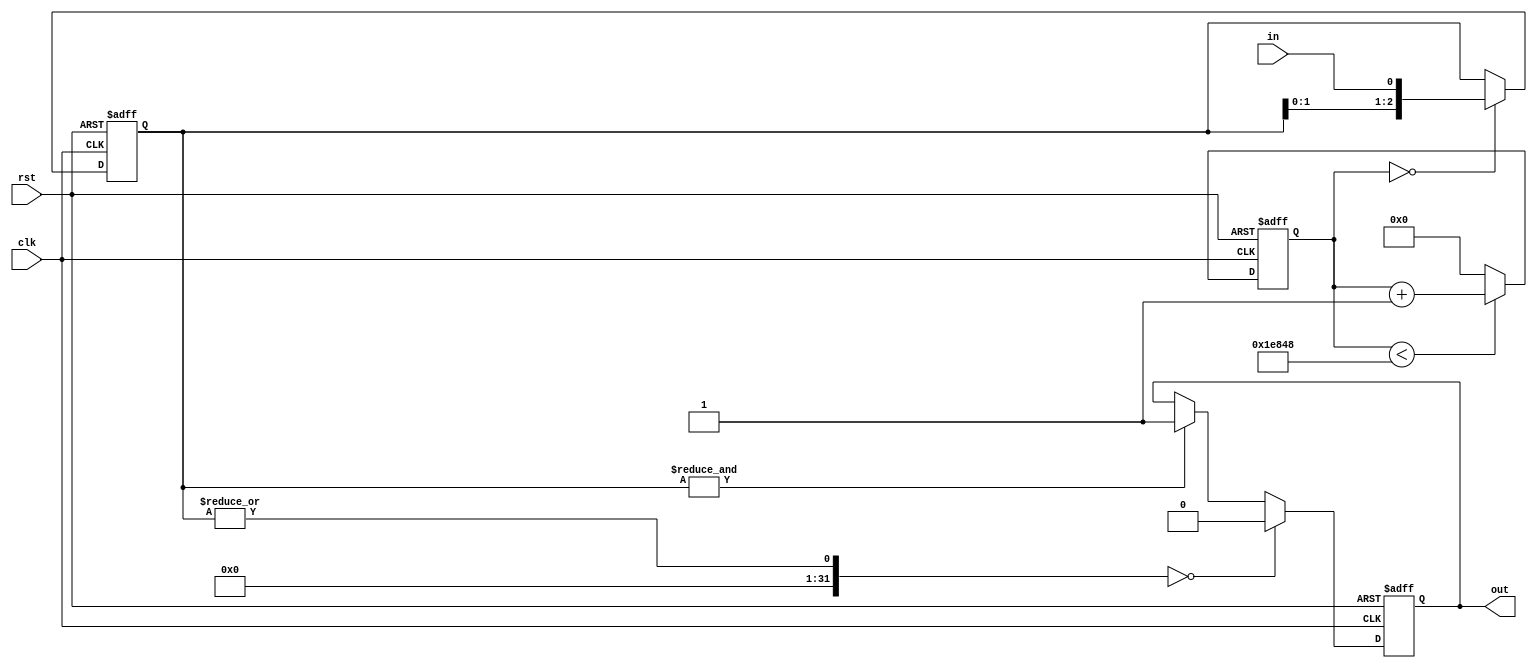
// Language: Verilog-2001

`timescale 1 ns / 1 ps

/*
 * Synchronizes switch and button inputs with a slow sampled shift register
 */
module debounce_switch  #(
    parameter WIDTH=1, // width of the input and output signals
    parameter N=3, // length of shift register
    parameter RATE=125000 // clock division factor
)(
    input wire clk,
    input wire rst,
    input wire [WIDTH-1:0] in,
    output wire [WIDTH-1:0] out
);

reg [23:0] cnt_reg = 24'd0;

reg [N-1:0] debounce_reg[WIDTH-1:0];

reg [WIDTH-1:0] state;

/*
 * The synchronized output is the state register
 */
assign out = state;

integer k;

always @(posedge clk or posedge rst) begin
    if (rst) begin
        cnt_reg <= 0;
        state <= 0;
        
        for (k = 0; k < WIDTH; k = k + 1) begin
            debounce_reg[k] <= 0;
        end
    end else begin
        if (cnt_reg < RATE) begin
            cnt_reg <= cnt_reg + 24'd1;
        end else begin
            cnt_reg <= 24'd0;
        end
        
        if (cnt_reg == 24'd0) begin
            for (k = 0; k < WIDTH; k = k + 1) begin
                debounce_reg[k] <= {debounce_reg[k][N-2:0], in[k]};
            end
        end
        
        for (k = 0; k < WIDTH; k = k + 1) begin
            if (|debounce_reg[k] == 0) begin
                state[k] <= 0;
            end else if (&debounce_reg[k] == 1) begin
                state[k] <= 1;
            end else begin
                state[k] <= state[k];
            end
        end
    end
end

endmodule